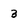
Character: 3